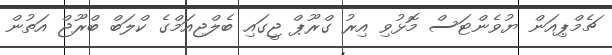
ޗެމްޕިއަން ޔުވެންޓަސް މޮޅުވި އިރު ގްރޫޕް ޖީގައި ބެލްޖިއަމްގެ ކްލަބް ބްރޫޖް އަތުން